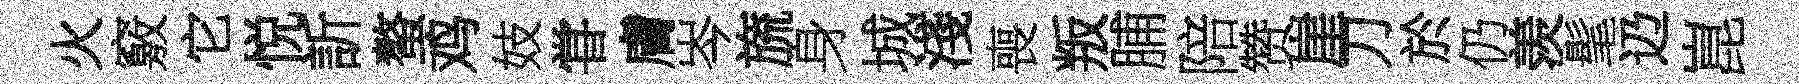
火竅它悦訢螯鸡妓甞膚岑旒身城淺喪叛脯陪赞崖刀於仍羡髦辸崑